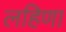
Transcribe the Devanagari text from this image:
लहिणा